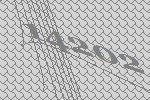
14202